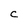
Character: c